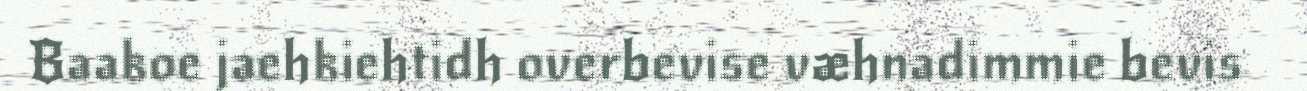
Baakoe jaehkiehtidh overbevise væhnadimmie bevis